Report on vaccination in Madras 1895-1903 - 1895-1903
Year: 1895
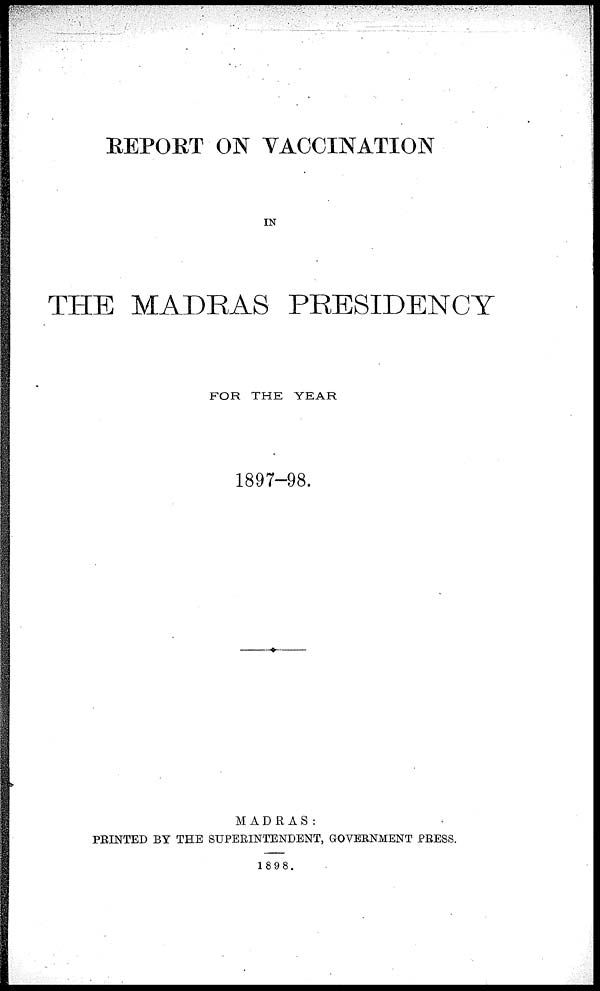
REPORT ON VACCINATION
IN
THE MADRAS PRESIDENCY
FOR THE YEAR
1897-98.
MADRAS:
PRINTED BY THE SUPERINTENDENT, GOVERNMENT PRESS.
1898.